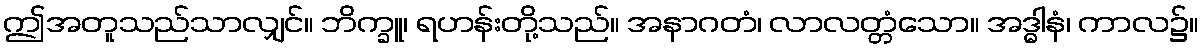
ဤအတူသည်သာလျှင်။ ဘိက္ခူ၊ ရဟန်းတို့သည်။ အနာဂတံ၊ လာလတ္တံသော။ အဒ္ဓါနံ၊ ကာလ၌။